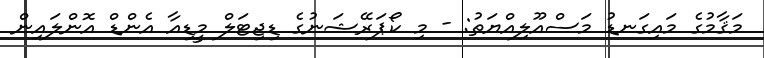
މަޤާމުގެ މައިގަނޑު މަސްއޫލިއްޔަތު: - މި ކޯޕަރޭޝަނުގެ ޑިޖިޓަލް މީޑިއާ އެންޑް އޮންލައިން